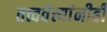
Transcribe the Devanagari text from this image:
तत्त्ववेत्त्यांनीही